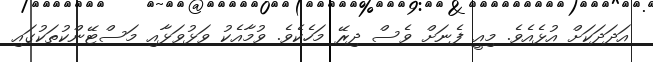
އަދަދަކަށް އުޅެއެވެ. މިއީ ފެނަށް ވެސް ދިރޭ މަހެކެވެ. ވުމާއެކު ވަޅުވަޅާއި މަސްޓޭންކުތަކުގައި